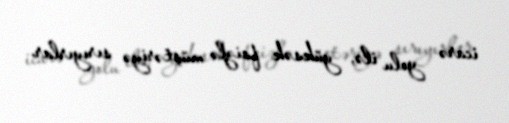
icarə yolu ilə, yüksək faizlə müştəriyə sırıyırlar.